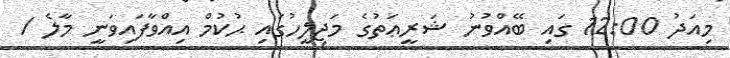
މިއަދު 12:00 ގައި ބޭއްވުނު ޝަރީޢަތުގެ މަޖިލީހުގައި ޙުކުމް އިއްވާފައިވަނީ މާލެ /